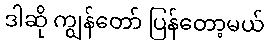
ဒါဆို ကျွန်တော် ပြန်တော့မယ်